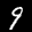
Label: 9